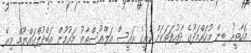
މަހާތީރު ބިން މުހައްމަދުގެ ދައުވަތަކަށް ކުރީގެ ރައީސް އަލްއުސްތާޒު މައުމޫން އަބްދުލްގައްޔޫމް މިރޭ